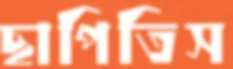
ছাপিতিস